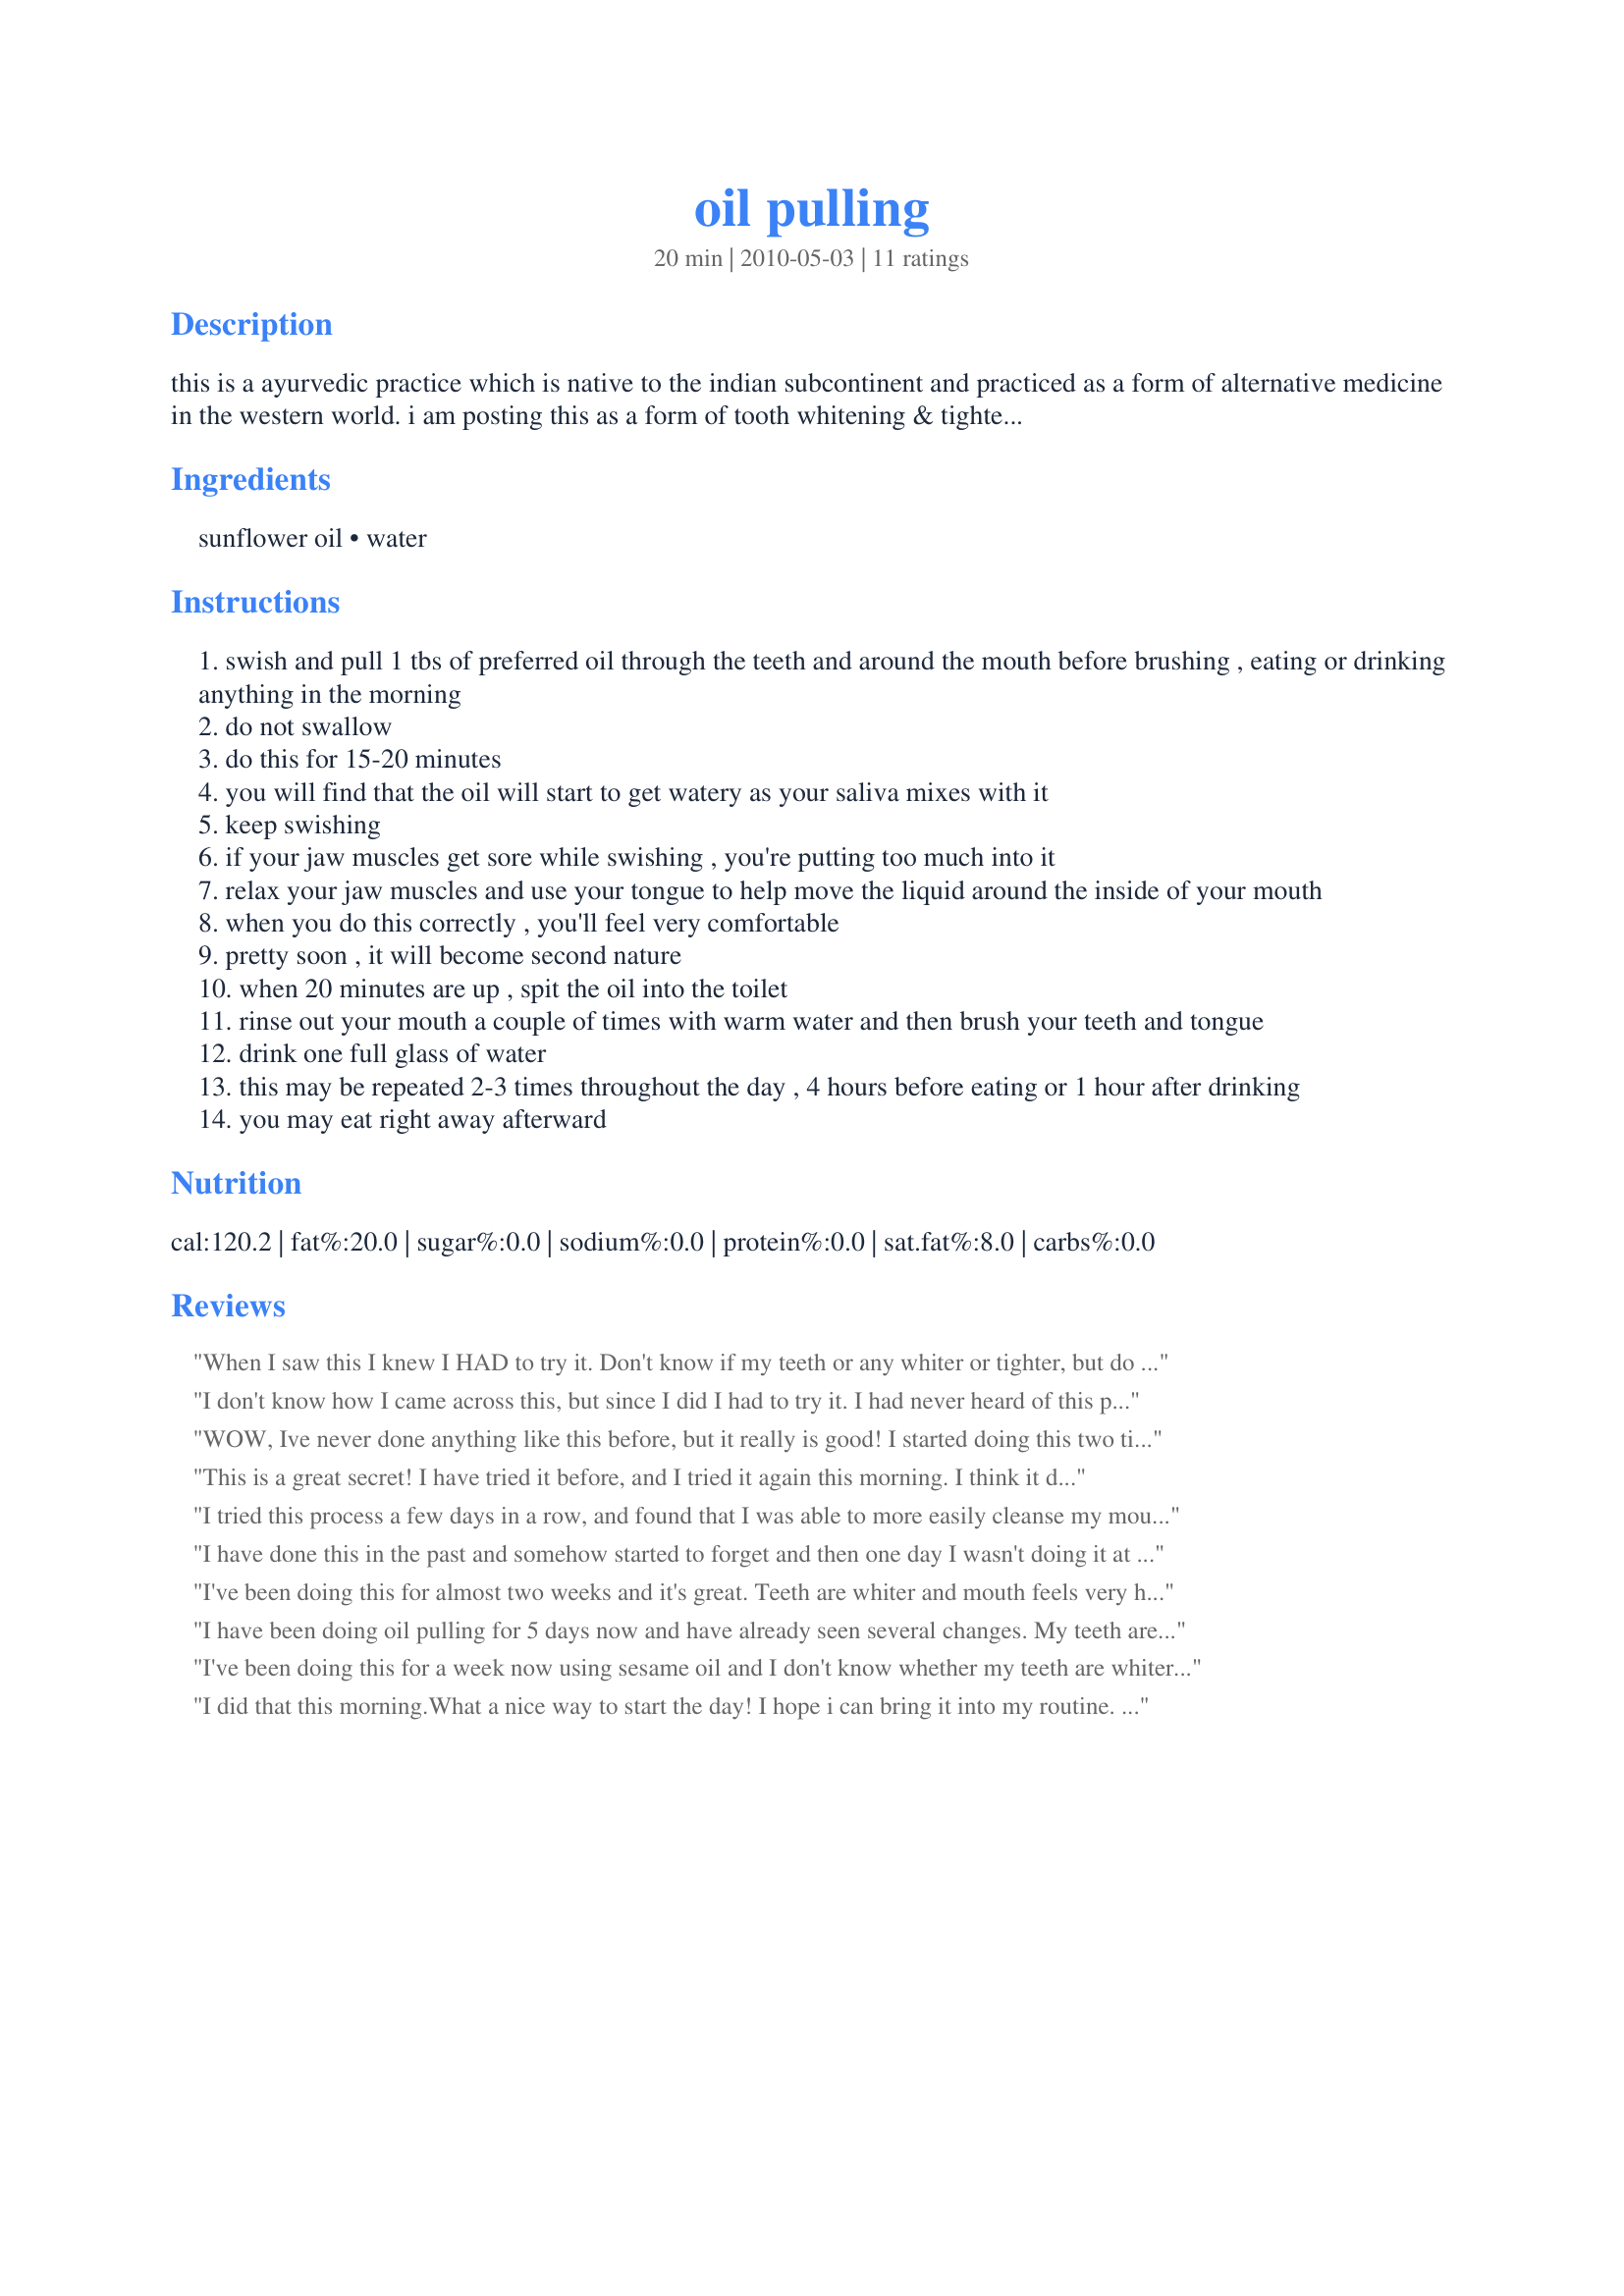
oil pulling
Preparation time: 20 minutes

this is a ayurvedic practice which is native to the indian subcontinent and practiced as a form of alternative medicine in the western world. i am posting this as a form of tooth whitening & tightening of the teeth. it also *may* improve skin conditions. i have found that my face has become clearer since starting this practice. i find it helps our bodies eliminate. i also found i don't crave eating all the time as i used to since beginning this. please rate this recipe based on the recipe not what you may have read somewhere else. i also use recipe #61610 in combination with this practice rather than the glass water for my clear skin. (it's a liver detox).

Ingredients:
sunflower oil, water

Steps:
swish and pull 1 tbs of preferred oil through the teeth and around the mouth before brushing , eating or drinking anything in the morning
do not swallow
do this for 15-20 minutes
you will find that the oil will start to get watery as your saliva mixes with it
keep swishing
if your jaw muscles get sore while swishing , you're putting too much into it
relax your jaw muscles and use your tongue to help move the liquid around the inside of your mouth
when you do this correctly , you'll feel very comfortable
pretty soon , it will become second nature
when 20 minutes are up , spit the oil into the toilet
rinse out your mouth a couple of times with warm water and then brush your teeth and tongue
drink one full glass of water
this may be repeated 2-3 times throughout the day , 4 hours before eating or 1 hour after drinking
you may eat right away afterward

Reviews:
When I saw this I knew I HAD to try it. Don't know if my teeth or any whiter or tighter, but do know that they feel cleaner than I've ever felt them. I LOVE this recipe!! I never could find sunflower oil so first tried the Sesame, I found that way to strong so then tried grape seed and that's a lot milder and works better for me. I'm still going to try to find the sunflower but until then, will continue with the grape and using this awesome procedure.
I don't know how I came across this, but since I did I had to try it. I had never heard of this practice so I had to do some investigating on the Internet to get a broader idea of what this was all about. I used coconut oil because of it's health benefits and that's what I had available. It is kind of gross swishing for 20 minutes especially when you have a juicy mouth like mine. With that said...I am currently doing this first thing in the morning and before I retire for the night. I have notice that my tongue is cleaner and my gums don't collect as many food bits. I was always picking and trying to dig food particles out of my gums because I have gum problems. Since I started this practice I am not digging around my gums as much and my mouth in general feels cleaner and healthier. The first time I tried this I coughed up mucus from my thoat that I didn't realize was there. I am also doing the Internal Detox for Glowing Skin every morning. Thank you
WOW, Ive never done anything like this before, but it really is good!
I started doing this two times a day and after the first day already my mouth felt so clean and my teeth were shiny and felt tightened, too. Im amazed, I never would have thought this really works and this quick.
I used both sesame and sunflower oil and I think I prefer the sunflower as it is less dense and has a less pronounced taste.
THANK YOU SO MUCH for sharing it with us, UmmBinat!
Made and reviewed for Veggie Swap #24 July 2010.
This is a great secret! I have tried it before, and I tried it again this morning. I think it does make my teeth look whiter, even after just one treatment, and I think it also makes me feel "cleansed" in general, if that makes sense. So far I can only do it for 10 minutes, but it seems to be beneficial nonetheless. Thanks for posting! Made as a "recipenap" for Veg*an Swap, June 2010
I tried this process a few days in a row, and found that I was able to more easily cleanse my mouth/tongue.
I have done this in the past and somehow started to forget and then one day I wasn't doing it at all. Thanks Ummbinat for bringing it up in the Veg*n Swap because now I'm back on track!! The directions are very clearly written and easy to follow. I use unrefined sesame and find it very easy to do. I do this first thing in the morning while I dry skin brush and then follow with jala neti for an awakening yet cleansing start to my morning :) Thanks so much!!
I've been doing this for almost two weeks and it's great. Teeth are whiter and mouth feels very healthy. I'm using the sunflower oil. Thank you so much for sharing Ummbinat, I will be passing on this practice to my family.
I have been doing oil pulling for 5 days now and have already seen several changes. My teeth are MUCH whiter and my skin is really soft, my teeth and gums feel great and my eyes seem less yellow in the corner. I use Extra Virgin Coconut Oil (EVCO) I also add 4 drops of North American Herb & Spice Super Strength Oregano Oil because of Candida. This is a MUST try, no matter how silly you think it sounds. Start out at 5 minutes if you can't go the full 20. (hint) I think the first 3 minutes are the hardest but do something while you're pulling and the time will go by faster.
I've been doing this for a week now using sesame oil and I don't know whether my teeth are whiter but this does make my mouth and teeth feel very clean. To make time, I would do this while showering and dressing in the morning and while getting ready for bed. Thanks for sharing. Made for Spring 2010 PAC.
I did that this morning.What a nice way to start the day! I hope i can bring it into my routine.
Made for ZWT6
I'm a firm believer of oil pulling, its done wonders for the dark circles under my eyes, thats why I started, but since then I have also noticed an improvement in my skin ...cleared up my Keratosis pilaris!!! I've since then taught it family and friends...amazing how ancient practices are becoming popular again
